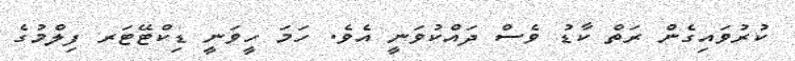
ކުރުވައިގެން ރަތް ކާޑު ވެސް ދައްކުވަނީ އެވެ. ހަމަ ހީވަނީ ޑިކްޓޭޓަރ ފިލްމުގެ